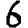
Digit: 6